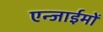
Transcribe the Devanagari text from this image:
एन्जाईमों